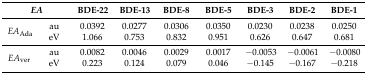
| <COLSPAN=2> EA | BDE-22 | BDE-13 | BDE-8 | BDE-5 | BDE-3 | BDE-2 | BDE-1 |
 | --- | --- | --- | --- | --- | --- | --- | --- | --- |
 | <ROWSPAN=2> EAAda | au | 0.0392 | 0.0277 | 0.0306 | 0.0350 | 0.0230 | 0.0238 | 0.0250 |
 | eV | 1.066 | 0.753 | 0.832 | 0.951 | 0.626 | 0.647 | 0.681 |
 | <ROWSPAN=2> EAver | au | 0.0082 | 0.0046 | 0.0029 | 0.0017 | −0.0053 | −0.0061 | −0.0080 |
 | eV | 0.223 | 0.124 | 0.079 | 0.046 | −0.145 | −0.167 | −0.218 |